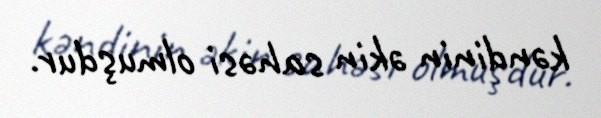
kəndinin əkin sahəsi olmuşdur.